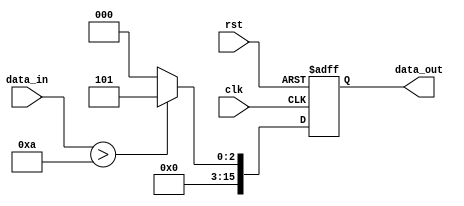
module clk_test(
    input clk,
    input rst,
    input [15:0] data_in,
    output [15:0] data_out
);
reg data_out;

always@(posedge clk or posedge rst)begin
    if(rst)begin
        data_out <= 0;
    end else begin
    if (data_in > 10) begin
        data_out <= 5;
    end else begin
        data_out <= 0;        
    end
    end
end


endmodule